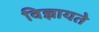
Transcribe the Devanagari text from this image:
विज्ञायते